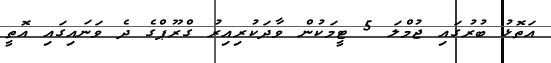
އަތޮޅު ބުރުގައި ޖުމްލަ 5 ޓީމަކުން ވާދަކުރިއިރު ގްރޫޕްގެ ދެ ވަނައިގައި އޮތީ